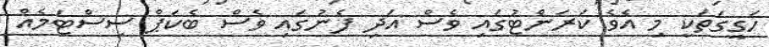
ހަގީގަތަކީ މި އެވެ ކަރަންޓުގައި ވެސް އަދި ފެނުގައި ވެސް ބެކަޕް ސިސްޓަމެއް